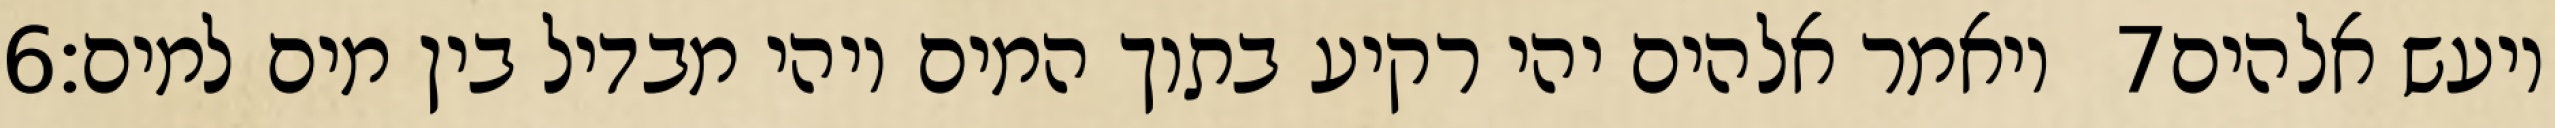
‎6‏ ויאמר אלהים יהי רקיע בתוך המים ויהי מבדיל בין מים למים׃ ‎7‏ ויעש אלהים